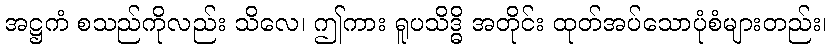
အဋ္ဌကံ စသည်ကိုလည်း သိလေ၊ ဤကား ရူပသိဒ္ဓိ အတိုင်း ထုတ်အပ်သောပုံစံများတည်း၊